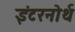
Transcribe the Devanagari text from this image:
इंटरनोर्थ